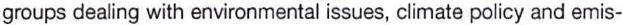
groups dealing with environmental issues, climate policy and emis-